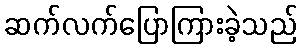
ဆက်လက်ပြောကြားခဲ့သည်